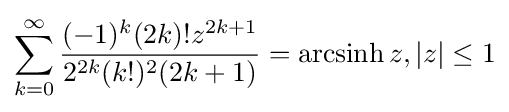
\sum _{k=0}^{\infty }{\frac {(-1)^{k}(2k)!z^{2k+1}}{2^{2k}(k!)^{2}(2k+1)}}=\operatorname {arcsinh} {z},|z|\leq 1